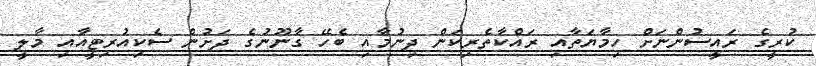
ކުރީގެ ރައީސުންނަށް ހިމާޔަތާއި ރައްކާތެރިކަން ދިނުމާއި ބެހޭ ގާނޫނުގެ ދަށުން ސެކިއުރިޓީއާއި މާލީ